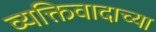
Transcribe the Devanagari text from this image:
व्यक्तिवादाच्या